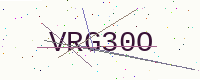
Text: VRG30O